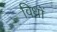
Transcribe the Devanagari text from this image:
विध्नों